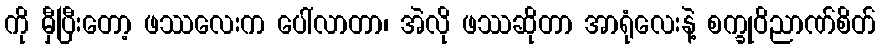
ကို မှီပြီးတော့ ဖဿလေးက ပေါ်လာတာ၊ အဲလို ဖဿဆိုတာ အာရုံလေးနဲ့ စက္ခုဝိညာဏ်စိတ်